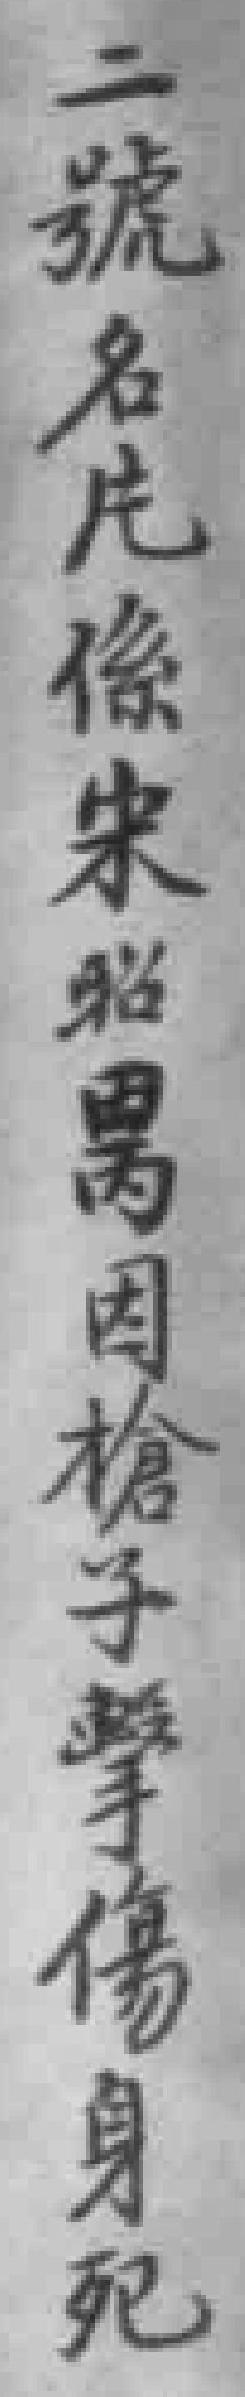
二號名庀係宋*因槍子擊傷身死